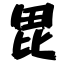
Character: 毘